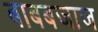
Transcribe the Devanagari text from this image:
बाबबजाज